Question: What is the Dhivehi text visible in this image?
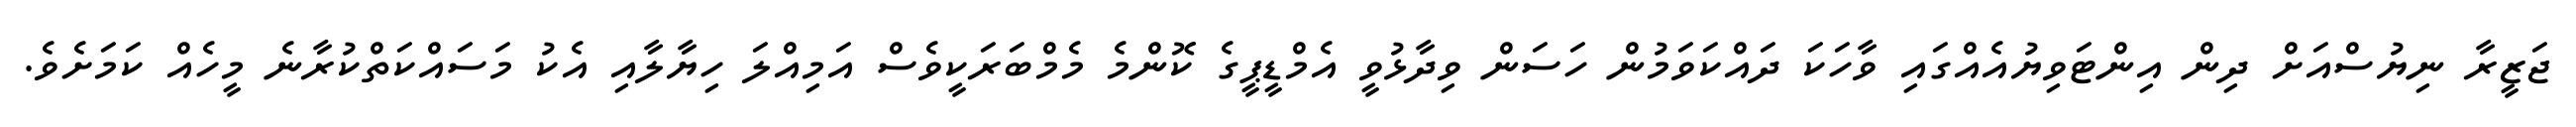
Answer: ޖަޒީރާ ނިޔުސްއަށް ދިން އިންޓަވިޔުއެއްގައި ވާހަކަ ދައްކަވަމުން ހަސަން ވިދާޅުވީ އެމްޑީޕީގެ ކޮންމެ މެމްބަރަކީވެސް އަމިއްލަ ހިޔާލާއި އެކު މަސައްކަތްކުރާނެ މީހެއް ކަމަށެވެ.